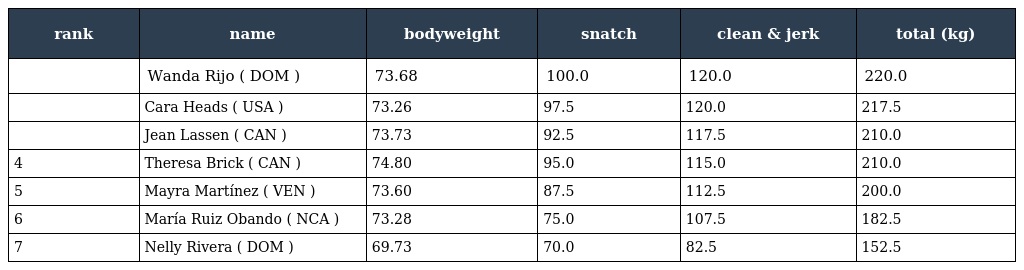
| rank | name | bodyweight | snatch | clean & jerk | total (kg) |
 | --- | --- | --- | --- | --- | --- |
 |  | Wanda Rijo ( DOM ) | 73.68 | 100.0 | 120.0 | 220.0 |
 |  | Cara Heads ( USA ) | 73.26 | 97.5 | 120.0 | 217.5 |
 |  | Jean Lassen ( CAN ) | 73.73 | 92.5 | 117.5 | 210.0 |
 | 4 | Theresa Brick ( CAN ) | 74.80 | 95.0 | 115.0 | 210.0 |
 | 5 | Mayra Martínez ( VEN ) | 73.60 | 87.5 | 112.5 | 200.0 |
 | 6 | María Ruiz Obando ( NCA ) | 73.28 | 75.0 | 107.5 | 182.5 |
 | 7 | Nelly Rivera ( DOM ) | 69.73 | 70.0 | 82.5 | 152.5 |